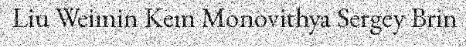
Liu Weimin Kem Monovithya Sergey Brin